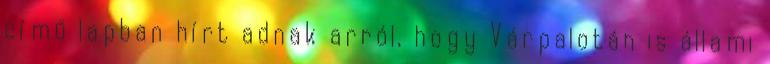
című lapban hírt adnak arról, hogy Várpalotán is állami